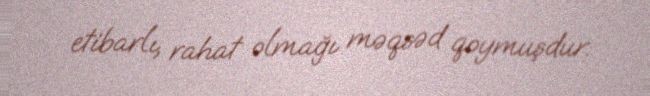
etibarlı, rahat olmağı məqsəd qoymuşdur.